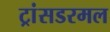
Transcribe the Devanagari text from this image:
ट्रांसडरमल